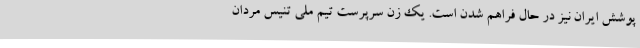
پوشش ایران نیز در حال فراهم شدن است. یک زن سرپرست تیم ملی تنیس مردان